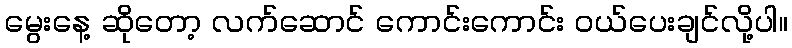
မွေးနေ့ ဆိုတော့ လက်ဆောင် ကောင်းကောင်း ဝယ်ပေးချင်လို့ပါ။